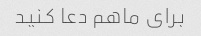
برای ماهم دعا کنید